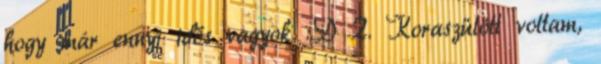
hogy már ennyi idős vagyok :D 2. Koraszülött voltam,